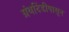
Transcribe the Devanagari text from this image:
ग्रंथदिंडीपासून